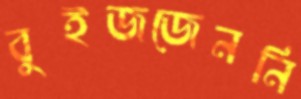
বুইজজেননি